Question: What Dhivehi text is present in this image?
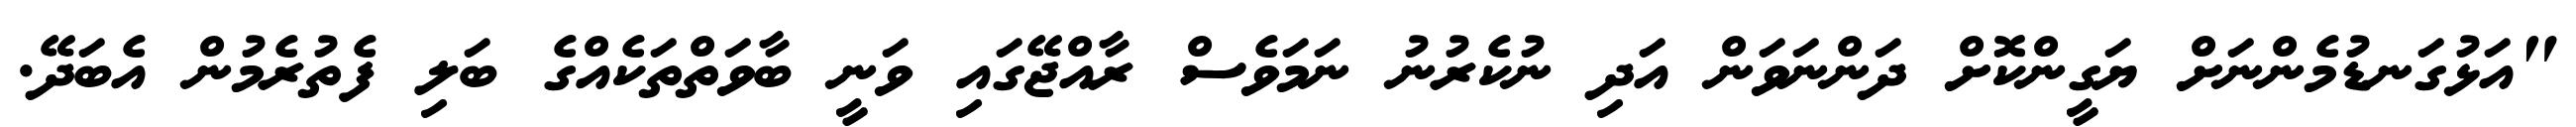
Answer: "އަޅުގަނޑުމެންނަށް ޔަގީންކޮށް ދަންނަވަން އަދި ނުކެރުނު ނަމަވެސް ރާއްޖޭގައި ވަނީ ބާވަތްތަކެއްގެ ބަލި ފެތުރެމުން އެބަދޭ.